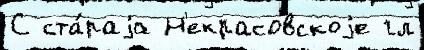
С ста́раjа Н'екрасовскоjе гл